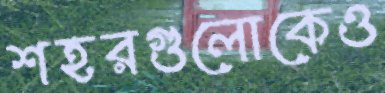
শহরগুলোকেও